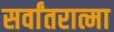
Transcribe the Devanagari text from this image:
सर्वांतरात्मा